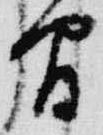
間